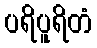
ပရိပူရိတံ